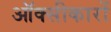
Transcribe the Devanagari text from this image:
ऑक्सीकारों